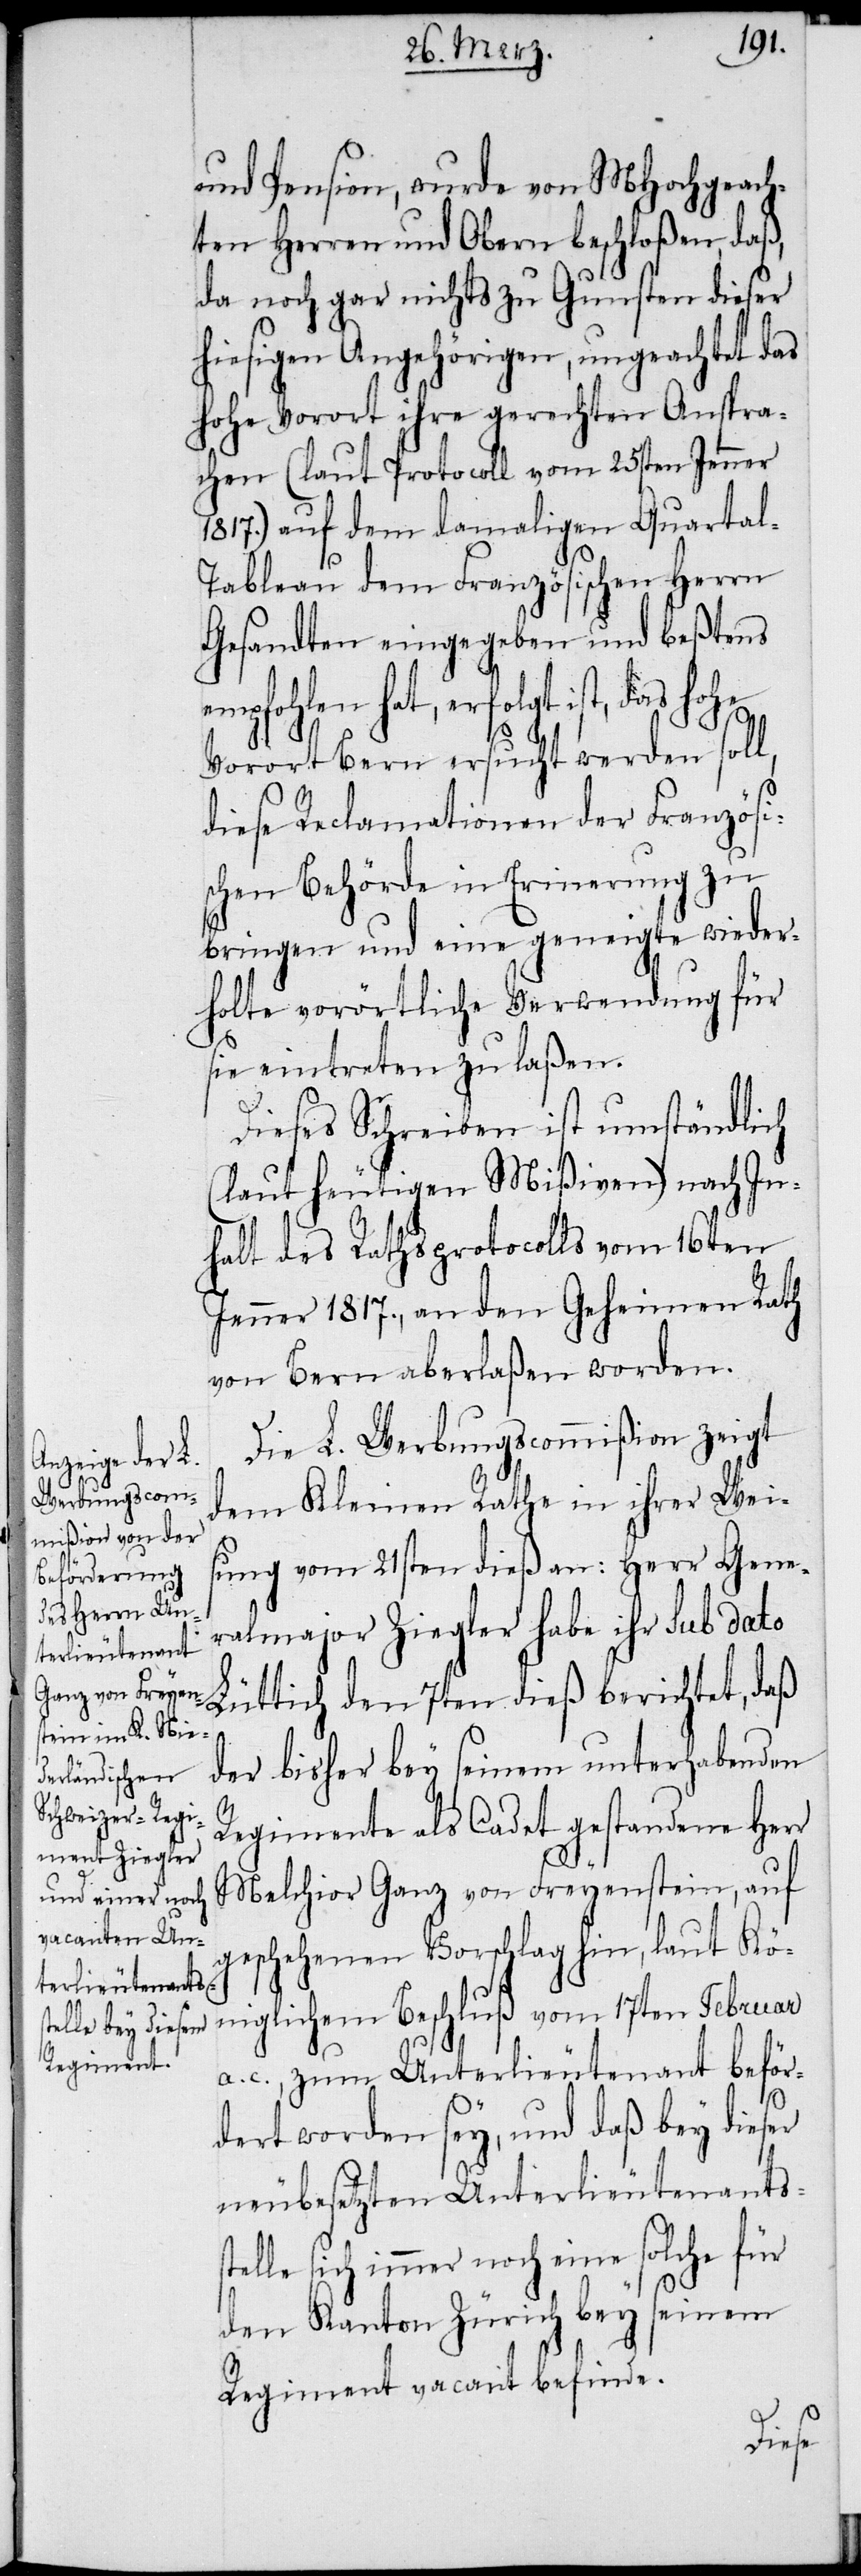
und Pension, wurde von MHochgeach¬
ten Herren und Obern beschloßen, daß,
da noch gar nichts zu Gunsten dieser
hiesigen Angehörigen, ungeachtet das
hohe Vorort ihre gerechten Anspra¬
chen (laut Protocoll vom 25sten Jenner
1817.) auf dem damaligen Quarta¬
l-Tableau dem Französichen Herrn
Gesandten eingegeben und beßtens
empfohlen hat, erfolgt ist, das
Vorort Bern ersucht werden soll,
diese Reclamationen der Französis¬
chen Behörde in Erinerung zu
bringen und eine geneigte wieder¬
holte vorörtliche Verwendung für
sie eintreten zu laßen.
Dieses Schreiben ist umständlich
(laut heutigen Mißiven) nach In¬
halt des Rathsprotocolls vom 16ten
Jenner 1817., an den Geheimen Rath
von Bern aberlaßen worden.
Die L. Werbungscommißion zeigt
dem Kleinen Rathe in ihrer Weis¬
ung vom 21sten dieß an: Herr Gene¬
ralmajor Ziegler habe ihr sub dato
Lüttich den 7ten dieß berichtet, daß
der bisher bey seinem unterhabenden
Regimente als Cadet gestandene Herr
Melchior Ganz von Freyenstein, auf
geschehenen Vorschlag hin, laut Kö¬
niglichem Beschluß vom 17ten Februar
c., zum Unterlieutenant beför¬
dert worden sey, und daß bey dieser
neubesetzten Unterlieutenantss¬
telle sich immer noch eine solche für
den Kanton Zürich bey seinem
Regiment vacant befinde.